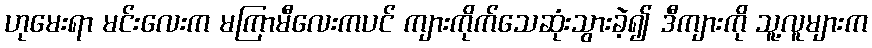
ဟုမေးရာ မင်းလေးက မကြာမီလေးကပင် ကျားကိုက်သေဆုံးသွားခဲ့၍ ဒီကျားကို သူ့လူများက